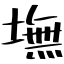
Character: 墲